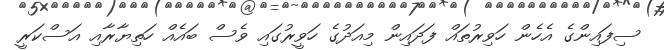
ސިފައިންގެ އެހެން ހަވިރުތައް ފަދައިން މިއަދުގެ ހަވީރުގައި ވެސް ބައެއް ހަތިޔާރާއި އަސްކަރީ